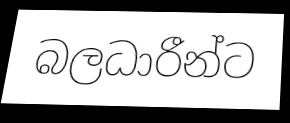
බලධාරීන්ට